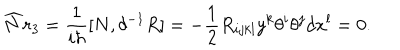
\widehat { N } r _ { 3 } = \frac 1 { i \hbar } [ N , \delta ^ { - 1 } R ] = - \frac 1 2 R _ { i j k l } y ^ { k } \theta ^ { i } \theta ^ { j } d x ^ { l } = 0 .